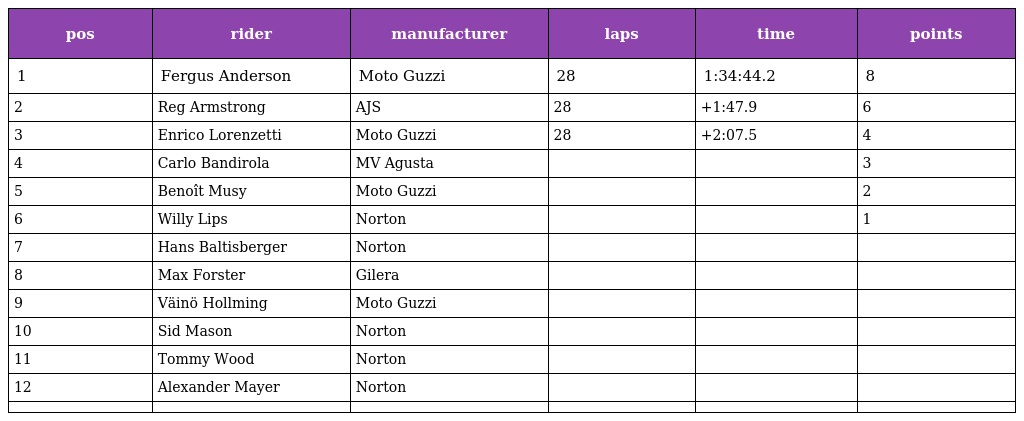
| pos | rider | manufacturer | laps | time | points |
 | --- | --- | --- | --- | --- | --- |
 | 1 | Fergus Anderson | Moto Guzzi | 28 | 1:34:44.2 | 8 |
 | 2 | Reg Armstrong | AJS | 28 | +1:47.9 | 6 |
 | 3 | Enrico Lorenzetti | Moto Guzzi | 28 | +2:07.5 | 4 |
 | 4 | Carlo Bandirola | MV Agusta |  |  | 3 |
 | 5 | Benoît Musy | Moto Guzzi |  |  | 2 |
 | 6 | Willy Lips | Norton |  |  | 1 |
 | 7 | Hans Baltisberger | Norton |  |  |  |
 | 8 | Max Forster | Gilera |  |  |  |
 | 9 | Väinö Hollming | Moto Guzzi |  |  |  |
 | 10 | Sid Mason | Norton |  |  |  |
 | 11 | Tommy Wood | Norton |  |  |  |
 | 12 | Alexander Mayer | Norton |  |  |  |
 |  |  |  |  |  |  |